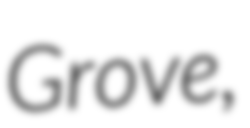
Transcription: Grove,